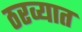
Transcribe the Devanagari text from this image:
ठरव्यात